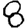
Digit: 8